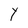
Character: Y